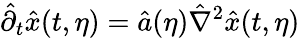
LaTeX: \hat{\partial}_{t}\hat{x}(t,\eta)=\hat{a}(\eta)\hat{\nabla}^{2}\hat{x}(t,\eta)